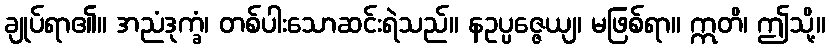
ချုပ်ရာ၏။ အညံဒုက္ခံ၊ တစ်ပါးသောဆင်းရဲသည်။ နဥပ္ပဇ္ဇေယျ၊ မဖြစ်ရာ။ ဣတိ၊ ဤသို့။